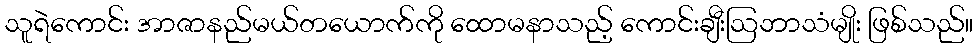
သူရဲကောင်း အာဇာနည်မယ်တယောက်ကို ထောမနာသည့် ကောင်းချီးဩဘာသံမျိုး ဖြစ်သည်။